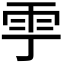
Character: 𩁷